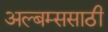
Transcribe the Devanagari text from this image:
अल्बम्ससाठी